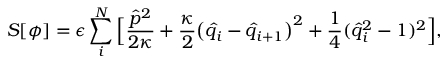
S [ \phi ] = \epsilon \sum _ { i } ^ { N } \Big [ \frac { \hat { p } ^ { 2 } } { 2 \kappa } + \frac { \kappa } { 2 } \big ( \hat { q } _ { i } - \hat { q } _ { i + 1 } \big ) ^ { 2 } + \frac { 1 } { 4 } ( \hat { q } _ { i } ^ { 2 } - 1 ) ^ { 2 } \Big ] ,